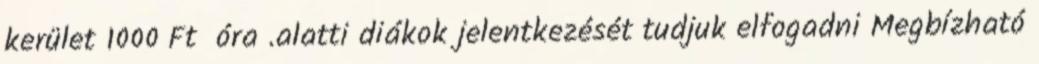
kerület 1000 Ft óra .alatti diákok jelentkezését tudjuk elfogadni Megbízható